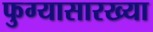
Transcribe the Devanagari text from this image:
फुग्यासारख्या